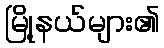
မြို့နယ်များ၏